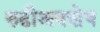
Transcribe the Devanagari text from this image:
रुढीअवशेष